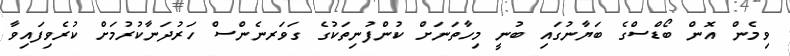
ވިމެން އޮން ބޯޑްސްގެ ބަޔާނުގައި ބުނީ މިހާތަނަށް ކުންފުނިތަކުގެ ގަވަރނެންސް ހަރުދަނާކުރުމަށް ކުރެވިފައިވާ